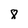
Character: 8